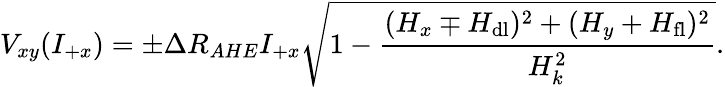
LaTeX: V_{xy}(I_{+x})=\pm\Delta R_{AHE}I_{+x}\sqrt{1-\frac{(H_{x}\mp H_{\mathrm{dl}})^{2}+(H_{y}+H_{\mathrm{fl}})^{2}}{H_{k}^{2}}}.